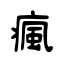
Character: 瘋